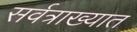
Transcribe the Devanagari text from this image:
सर्वत्राख्यात